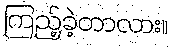
ကြည့်ခဲ့တာလား။